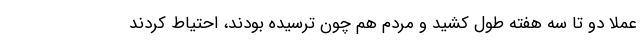
عملاً دو تا سه هفته طول کشید و مردم هم چون ترسیده بودند، احتیاط کردند